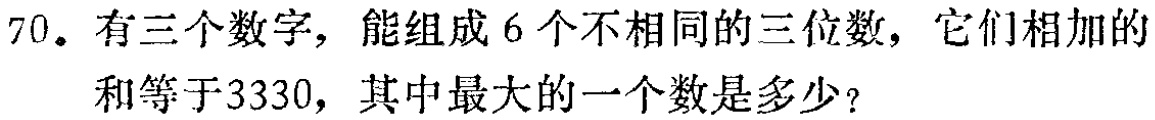
70。有三个数字，能组成6个不相同的三位数，它们相加的和等于3330，其中最大的一个数是多少？